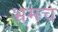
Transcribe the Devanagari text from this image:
भ्रमच